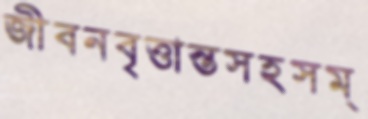
জীবনবৃত্তান্তসহসম্